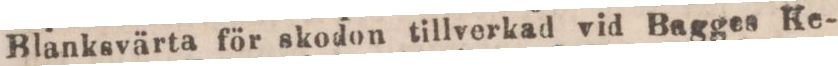
Blanksvärta för skodon tillverkad vid Bagges Ke-